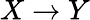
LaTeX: X\rightarrow Y